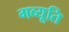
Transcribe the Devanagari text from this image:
गव्यूति